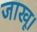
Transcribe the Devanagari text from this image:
जाखू।